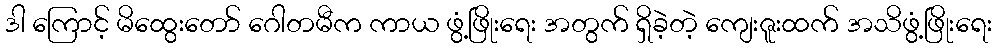
ဒါ ကြောင့် မိထွေးတော် ဂေါတမီက ကာယ ဖွံ့ဖြိုးရေး အတွက် ရှိခဲ့တဲ့ ကျေးဇူးထက် အသိဖွံ့ဖြိုးရေး